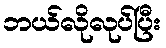
ဘယ်လိုလုပ်ပြီး